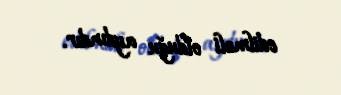
edilməli olduğu aydındır.